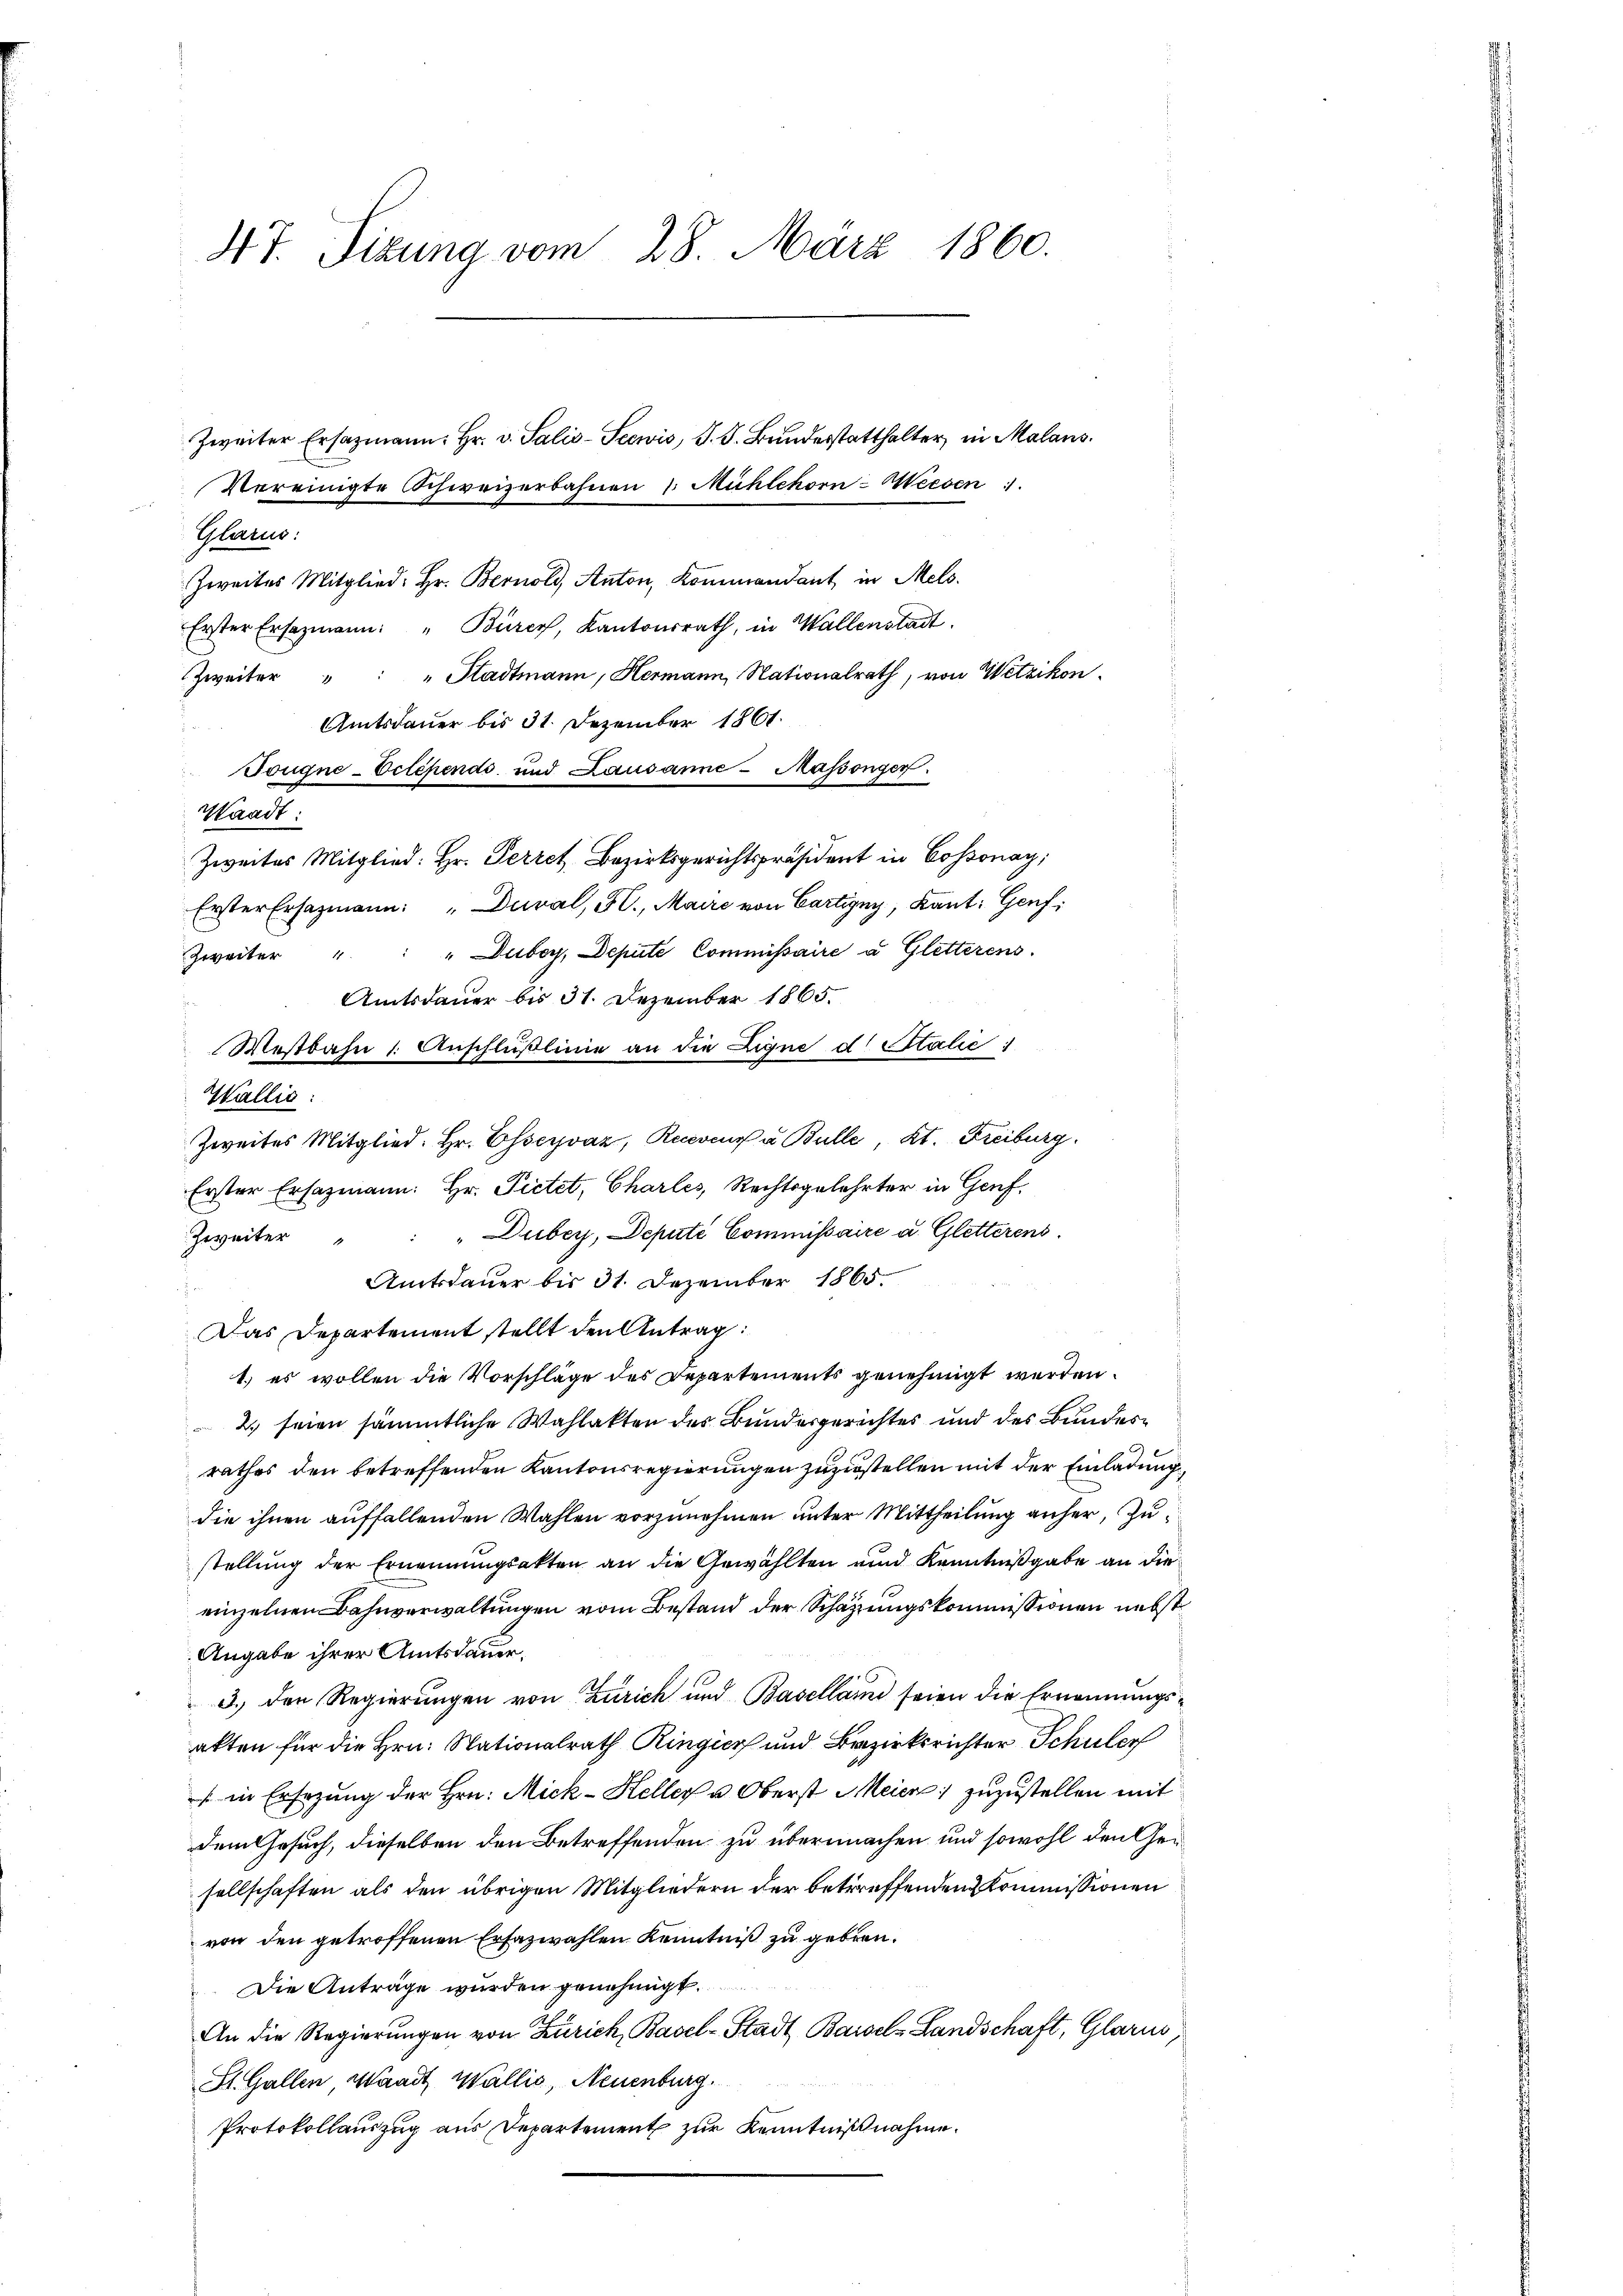
4t. Tizung vom 28. März 1860.
Zweiter Ersatzmann, Hr. v. Salis-Seewis, J. J. Bunderstatthalter in Malans.
Vereinigte Schweizerbahnen 1. Mühlekor-Weesen
Glarus:

Zweites Mitglied: Hr. Bernold, Anton, Kommandant in Mels.
Erster Ersezmann: "Bürcy, Kantonsrath, in Wallenstadt.
Zweiter " " " Stadtmann, Hermann, Nationalrath, von Wetzikon
Amtsdauer bis 31. Dezember 1861.
Tougne-Vclepends und Lausanne - Massonger.
Waadt:
Zweites Mitglied: Hr. Perret Bezirksgerichtspräsident in Cossonay,
Erster Ersatzmann: "Duval, F., Maire von Cartigny, Kant. Genf,
Erster Ersazmann: Hr. Pietet, Charles, Rechtsgelehrter in Genf.
Zweiter " " " Dubey, Depute Commissaire u. Gletterens
Amtsdauer bis 31. Dezember 1865.
 x
Das Departement stellt den Antrag:
1.) es wollen die Vorschläge des Departements genehmigt werden.
2.) seien sämmtliche Wahlakten des Bundergerichtes und des Bundesrathes den betreffenden Kantonsregierungen zuzustellen mit der Einladung,
die ihnen auffallenden Wahlen vorzunehmen unter Mittheilung anher, Zustellung der Ernennungsakten an die Gewählten und Kenntnißgabe an die
einzelnen Bahnverwaltungen vom Bestand der Schätzungskommissionen nebst
Angabe ihrer Amtsdauer,
3.) den Regierungen von Zürich und Baselland seien die Ernennungs-
akten für die Hrn. Nationalrath Ringier und Bezirksrichter Schuler
in Ersezung der Hrn. Mick - Heller u. Oberst Meier zuzustellen mit
dem Gesuch, dieselben den Betreffenden zu übermachen und sowohl den Gesellschaften als den übrigen Mitgliedern der betreffenden Kommissionen
von den getroffenen Erfazwahlen Kenntniß zu geben.
Die Anträge wurden genehmigt.
An die Regierungen von Zürich, Basel-Stadt Basel-Landschaft, Glarus
St. Gallen, Waadt Wallis, Neuenburg.
Protokollauszug aus Departement zur Kenntnißnahme.

Zweiter " " " Duboy, Depute Commissaire u. Gletterens.
Amtsdauer bis 31. Dezember 1865.

Westbahn 1. Anschlußlinie an die Ligne d. Stalie
Wallić:
Zweites Mitglied. Hr. Esservaz, Recevoir u. Bulle, Kt. Freiburg.